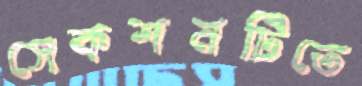
সেকশনটিতে